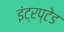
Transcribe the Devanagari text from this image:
इंट्रप्टेड